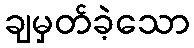
ချမှတ်ခဲ့သော